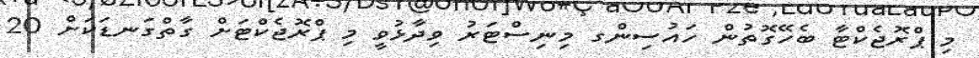
މި ޕްރޮޖެކްޓާ ބެހޭގޮތުން ހައުސިންގ މިނިސްޓަރު ވިދާޅުވީ މި ޕްރޮޖެކްޓަށް ގާތްގަނޑަކަށް 20